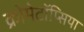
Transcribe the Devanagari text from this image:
क्रोमेटॉप्सिया